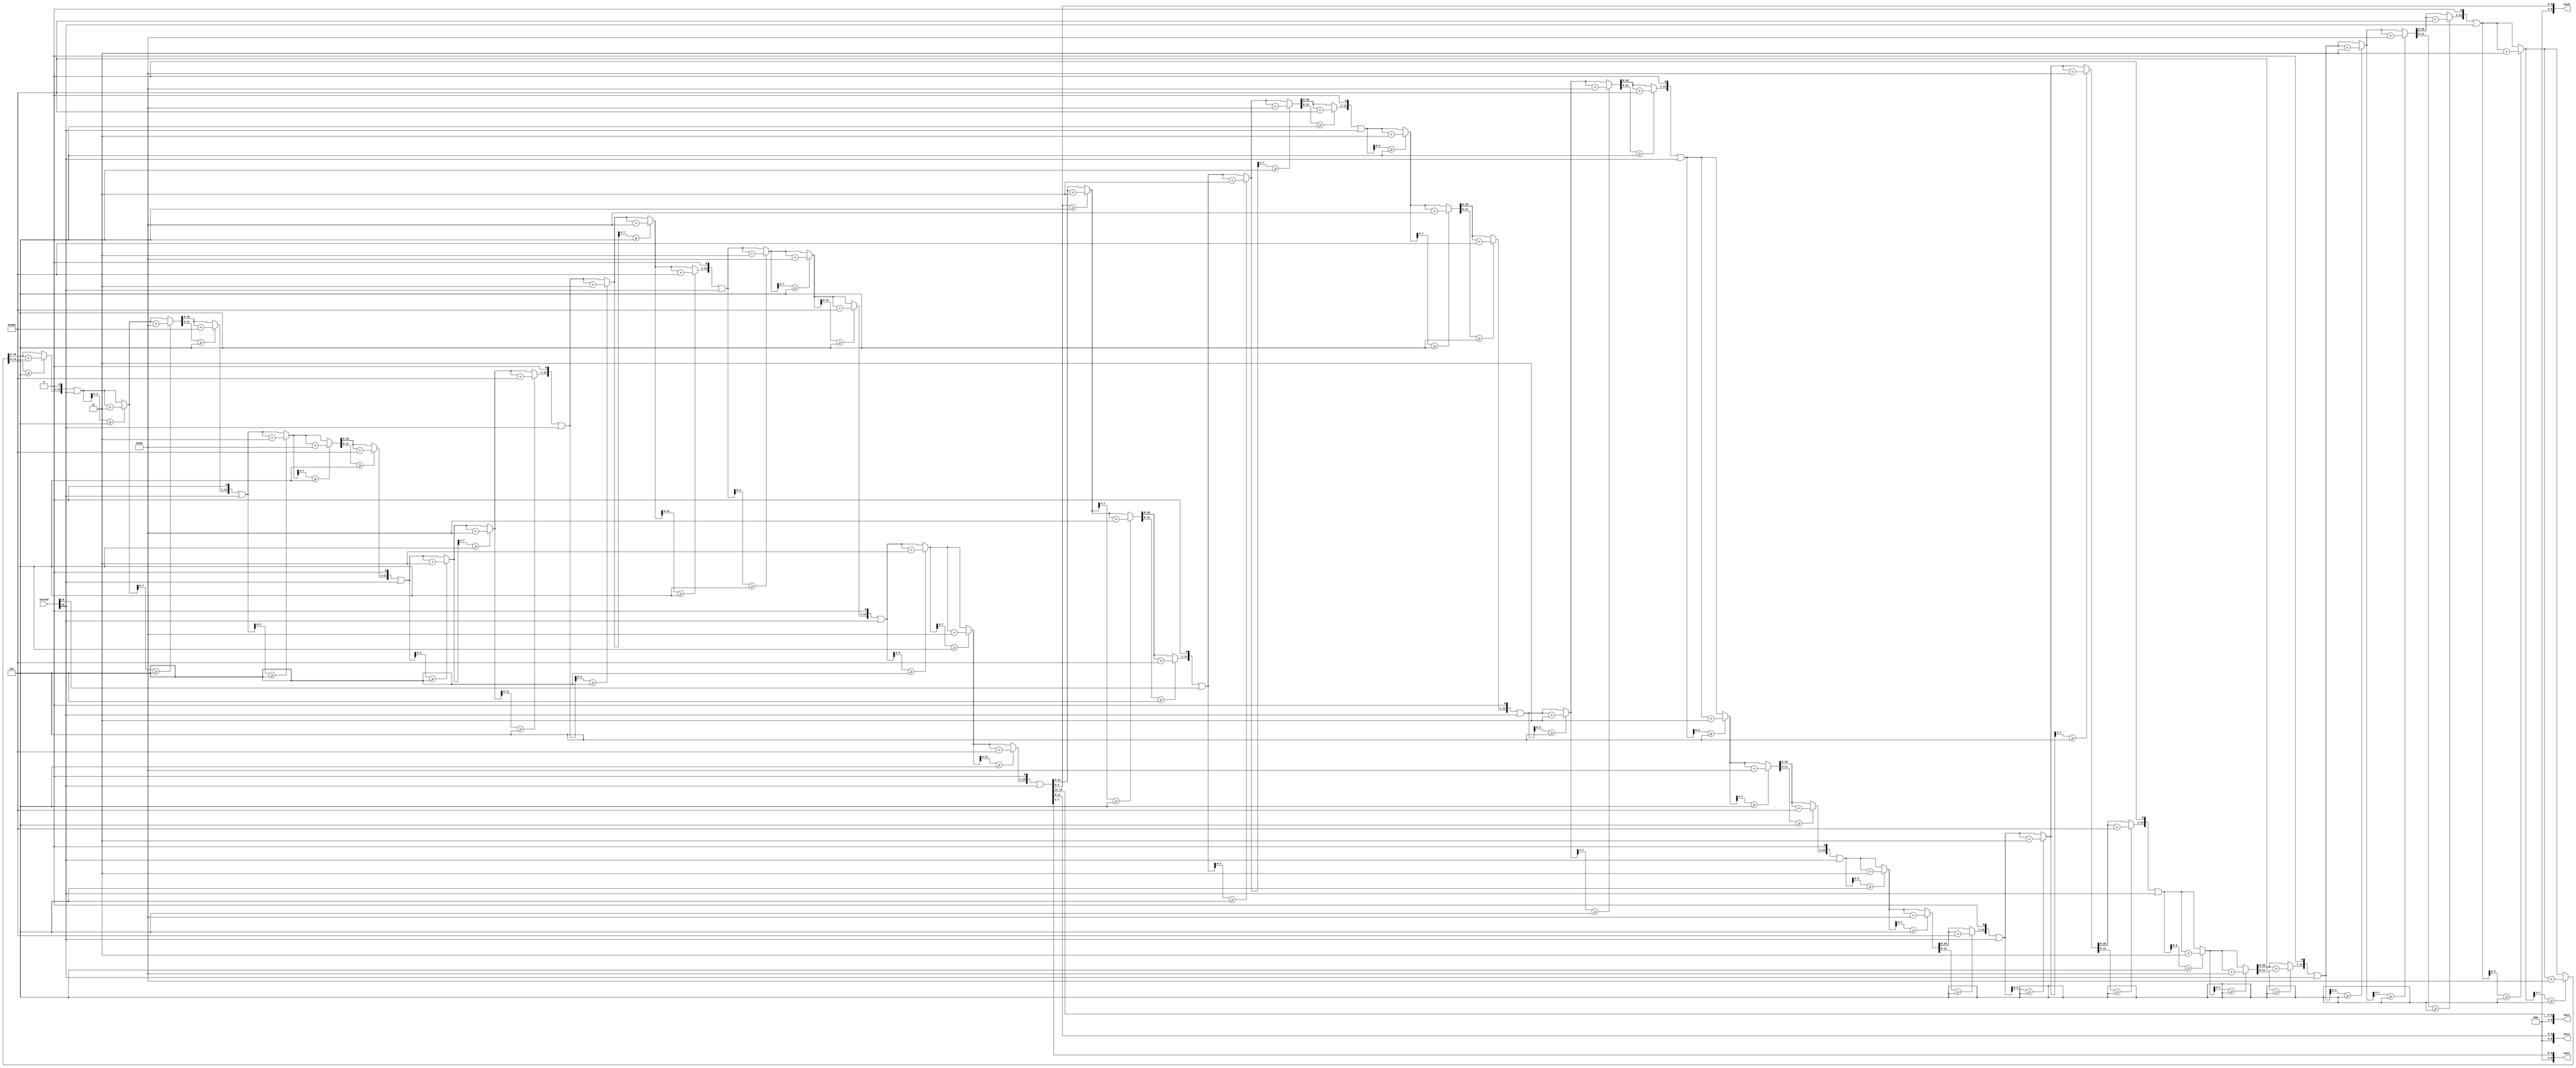
module tc(second,hex3,hex2,hex1,hex0);
input [15:0]second;
output [6:0]hex3,hex2,hex1,hex0;
reg [15:0] tc;
integer i;

reg [15:0]BCD;
assign hex3 = BCD[15:12];
assign hex2 = BCD[11:8];
assign hex1 = BCD[7:4];
assign hex0 = BCD[3:0];

always @(*) begin
	tc = second;
	for (i = 0; i < 16; i=i+1) begin
		if (BCD[3:0] >= 4'h5) begin
			BCD[15:0] = BCD[15:0] + 4'h3;
		end
		if (BCD[7:4] >= 4'h5) begin
			BCD[15:0] = BCD[15:0] + 8'h30;
		end
		if (BCD[11:8] >= 4'h5) begin
			BCD[15:0] = BCD[15:0] + 12'h300;
		end
		BCD[15:0] = (BCD[15:0] << 1) | tc[15];
		tc = second << 1;
	end
end
endmodule